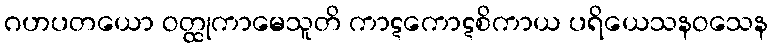
ဂဟပတယော ဝတ္ထုကာမေသူတိ ကာဋကောဋစိကာယ ပရိယေသနဝသေန